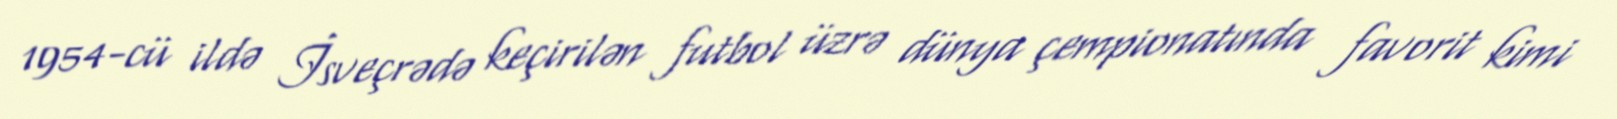
1954-cü ildə İsveçrədə keçirilən futbol üzrə dünya çempionatında favorit kimi